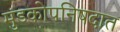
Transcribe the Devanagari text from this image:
मुंडकोपनिषदात